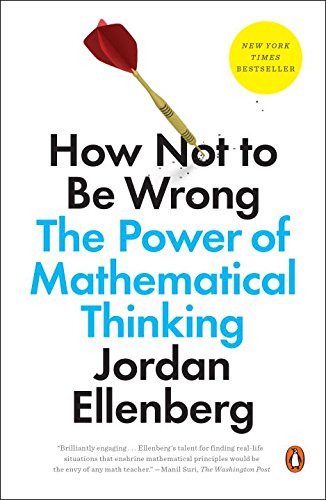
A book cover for How Not to Be Wrong: The Power of Mathematical Thinking; Jordan Ellenberg; Science & Math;